Civil Veterinary Department Bihar reports 1936-40 - 1936-1940
Year: 1936
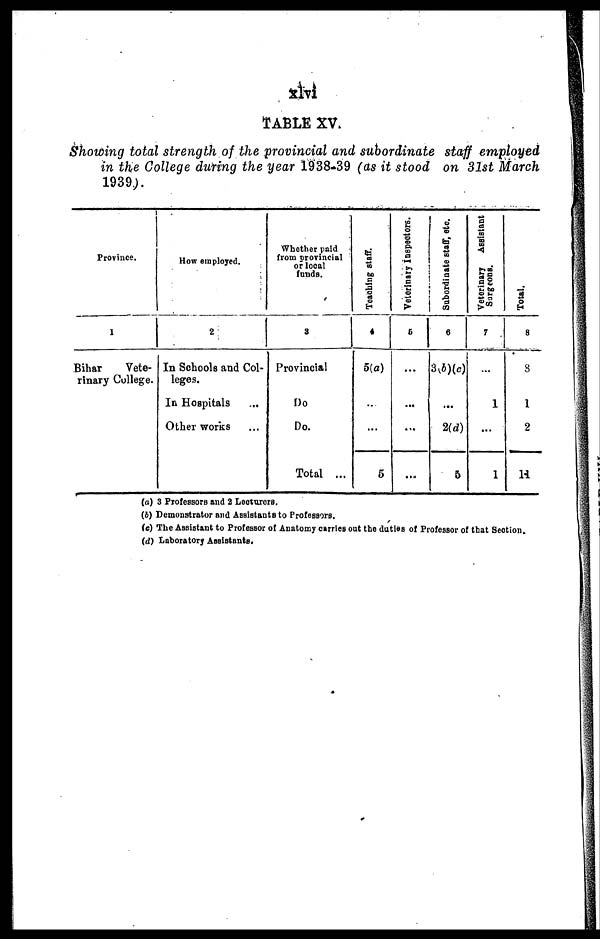
TABLE XV.
Showing total strength of the provincial and subordinate staff employed
in the College during the year 1938-39 (as it stood on 31st March
1939)
Province.
1
Bihar
Vete-
rinary College.
Hon employed.
2
In Schools and Col-
leges.
In Hospitals ...
Other works
Whether paid
from provincial
of local
funds.
3
Provincial
Do
Do.
Total ...
Teachlng staff.
4
5(a)
...
...
5
Veterinary Inspectors.
6
...
...
...
...
Subordinate staff, etc.
6
3(b)(c)
...
2(d)
5
Veterinary Assistant
Surgeons.
7
...
1
...
1
Total.
8
3
1
2
14
(a) 3 Professors and 2 Lecturers.
(b) Demonstrator and Assistants to Professors.
(c) The Assistant to Professor of Anatomy carries out the duties of Professor of that Section.
(d) Laboratory Assistants.